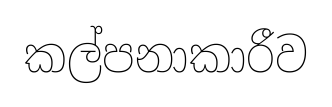
කල්පනාකාරීව